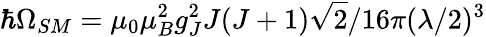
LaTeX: \hbar\Omega_{SM}=\mu_{0}\mu_{B}^{2}g_{J}^{2}J(J+1)\sqrt{2}/16\pi(\lambda/2)^{3}